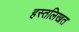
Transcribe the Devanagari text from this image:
हस्तलिखत